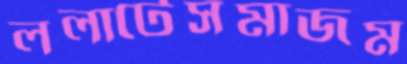
ললাটেসমাজম